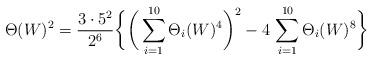
LaTeX: \begin{align*}\Theta(W)^{2}=\frac{3\cdot5^{2}}{2^{6}}\bigg\{\bigg(\sum_{i=1}^{10}\Theta_{i}(W)^{4}\bigg)^{2}-4\,\sum_{i=1}^{10}\Theta_{i}(W)^{8}\bigg\}\end{align*}